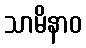
သာမိနာဝ